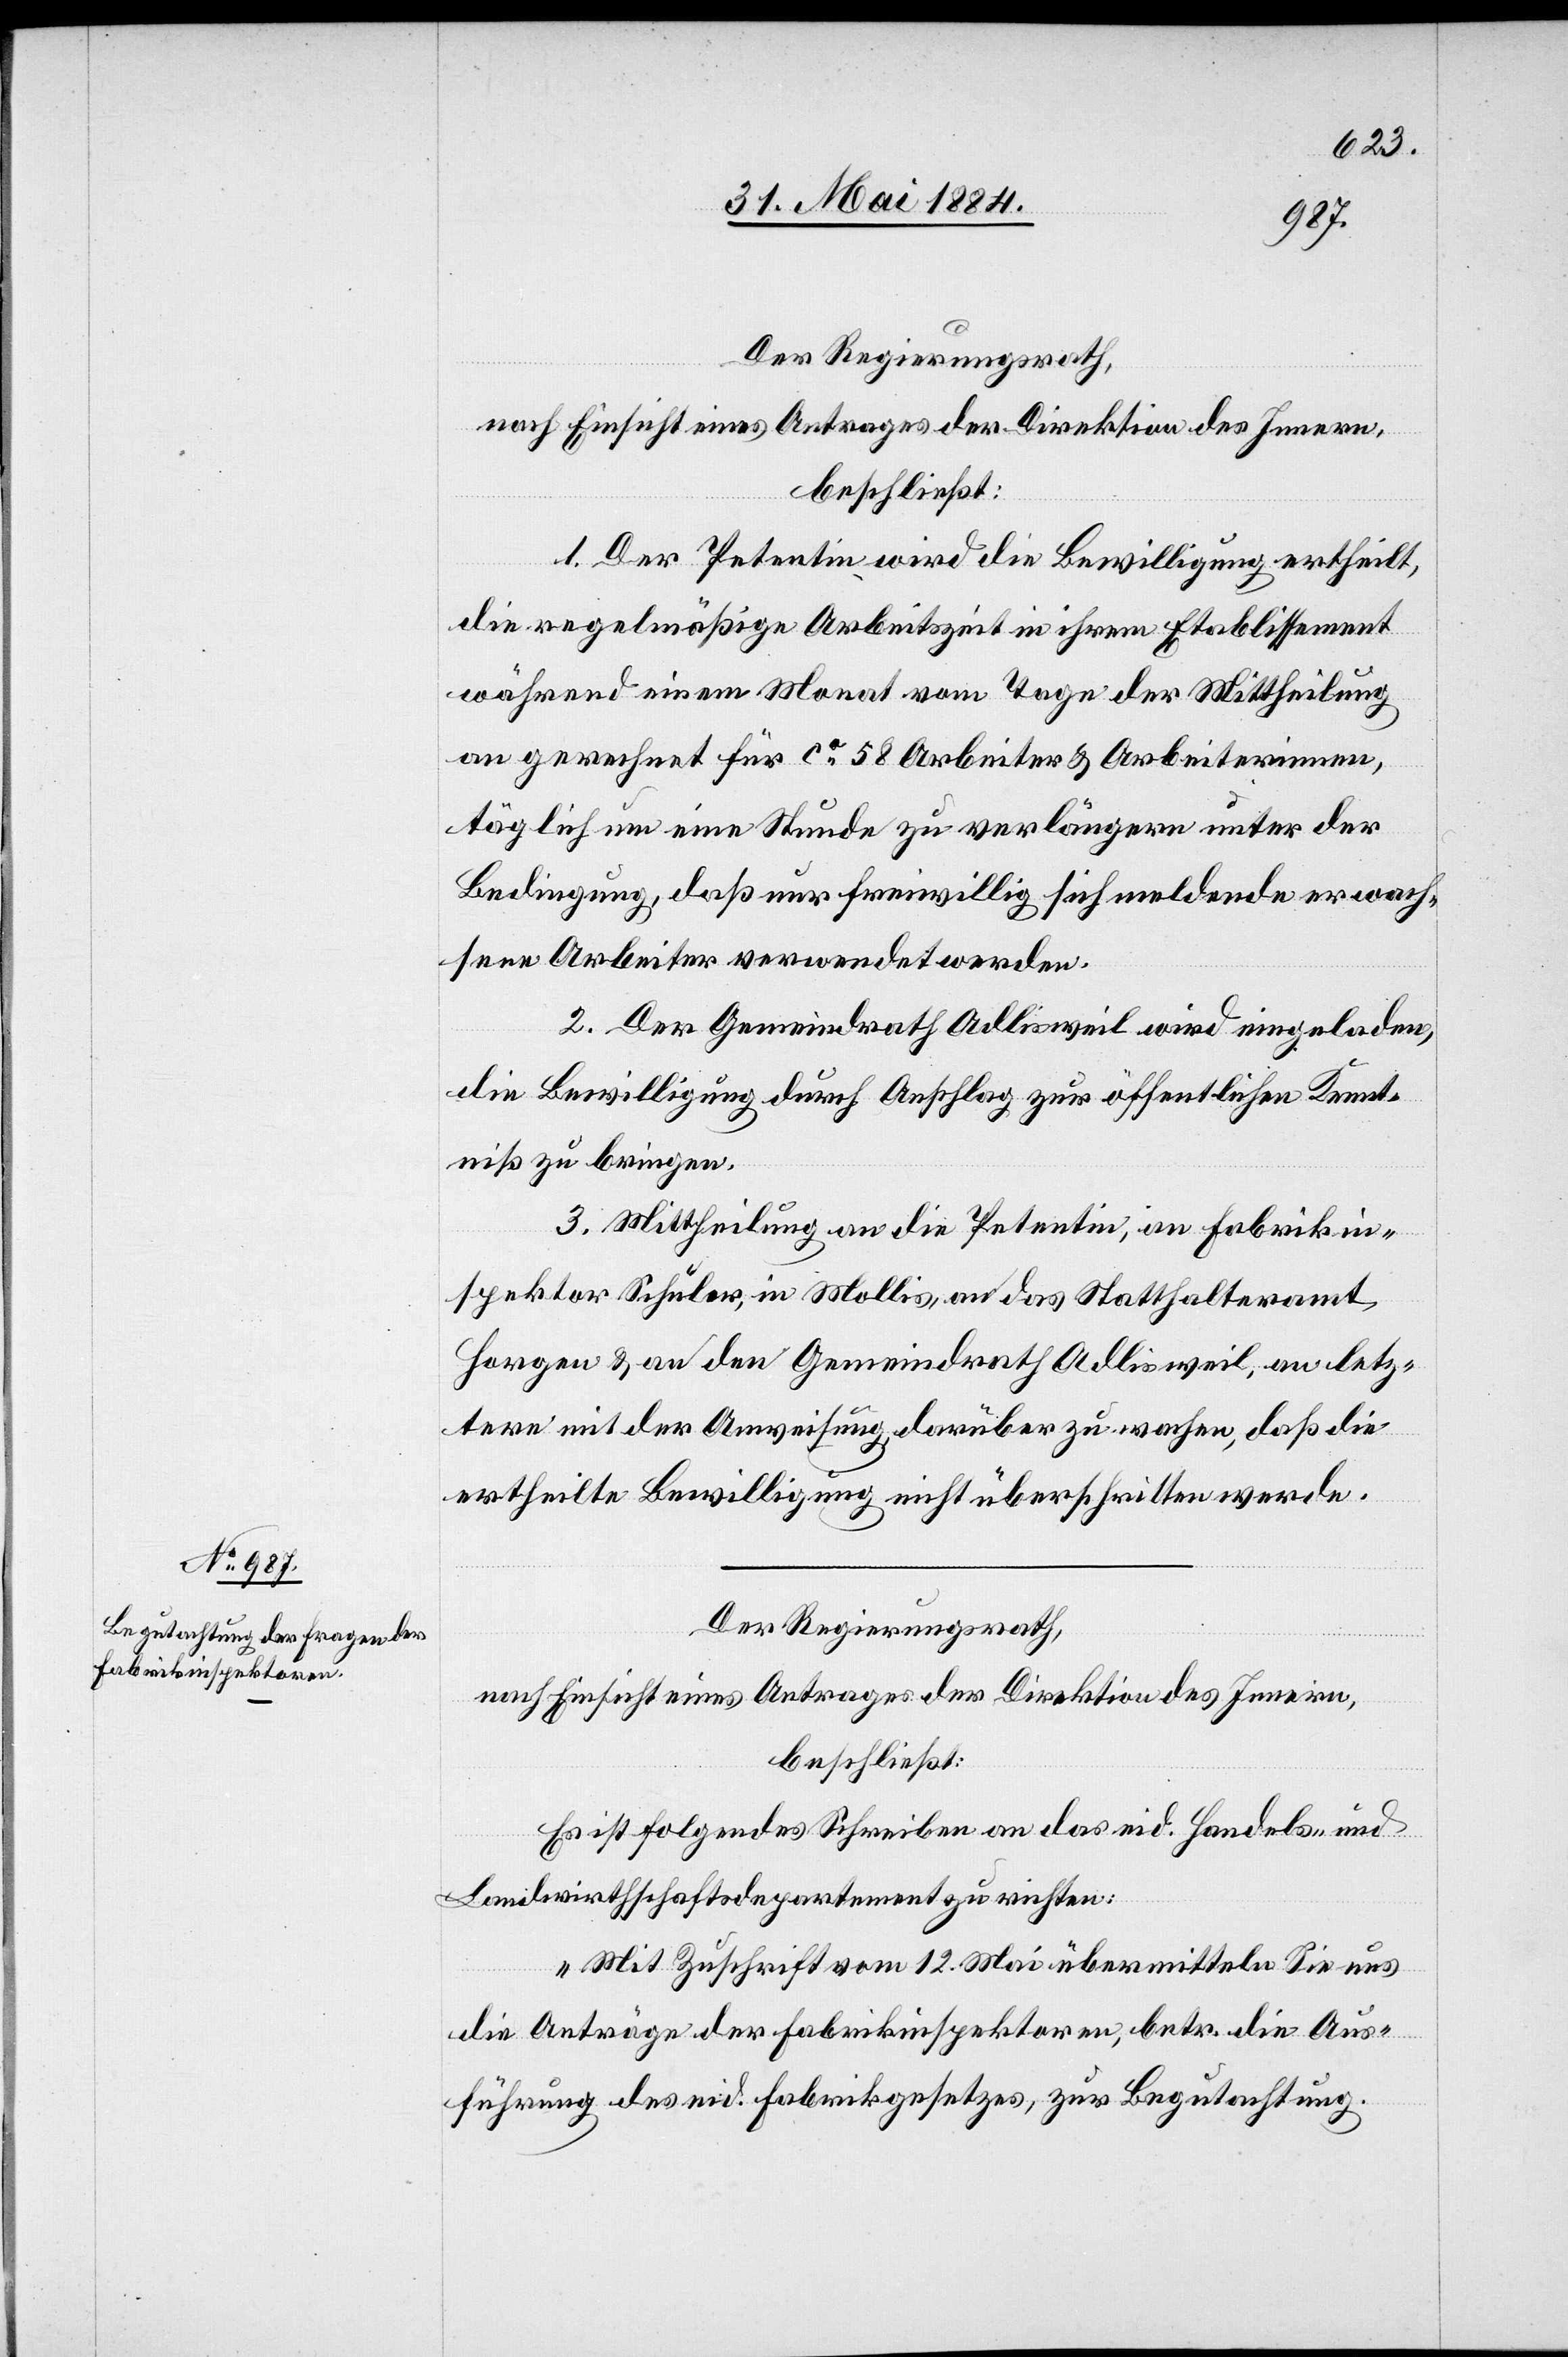
Der Regierungsrath,
nach Einsicht eines Antrages der Direktion des Innern,
beschließt:
1. Der Petentin wird die Bewilligung ertheilt,
die regelmäßige Arbeitszeit in ihrem Etablissement
während einem Monat vom Tage der Mittheilung
an gerechnet für ca 58 Arbeiter und Arbeiterinnen,
täglich um eine Stunde zu verlängern unter der
Bedingung, daß nur freiwillig sich meldende und erwach¬
sene Arbeiter verwendet werden.
2. Der Gemeindrath Adlisweil wird eingeladen,
die Bewilligung durch Anschlag zur öffentlichen Kennt¬
niß zu bringen.
3. Mittheilung an die Petentin, an Fabrikin¬
spektor Schuler, in Mollis, an das Statthalteramt
Horgen & an den Gemeindrath Adlisweil, an letz¬
tern mit der Anweisung, darüber zu wachen, daß die
ertheilte Bewilligung nicht überschritten werde.
Der Regierungsrath,
nach Einsicht eines Antrages der Direktion des Innern,
beschließt:
Es ist folgendes Schreiben an das eid. Handels- und
Landwirthschaftsdepartement zu richten:
„Mit Zuschrift vom 12. Mai übermitteln Sie uns
die Anträge der Fabrikinspektoren, betr. die Aus¬
führung des eid. Fabrikgesetzes, zur Begutachtung.